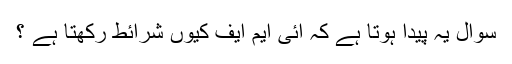
سوال یہ پیدا ہوتا ہے کہ آئی ایم ایف کیوں شرائط رکھتا ہے ؟